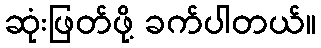
ဆုံးဖြတ်ဖို့ ခက်ပါတယ်။